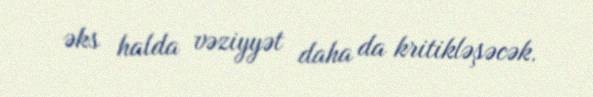
əks halda vəziyyət daha da kritikləşəcək.